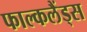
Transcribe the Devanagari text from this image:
फाल्कलैंड्स